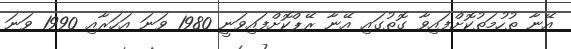
އޭނާ ތުހުމަތުކޮށްފައިވާ ގޮތުގައި އޭނާ ރޭޕްކޮށްފައިވަނީ 1980 ވަނަ އަހަރާއި 1990 ވަނަ